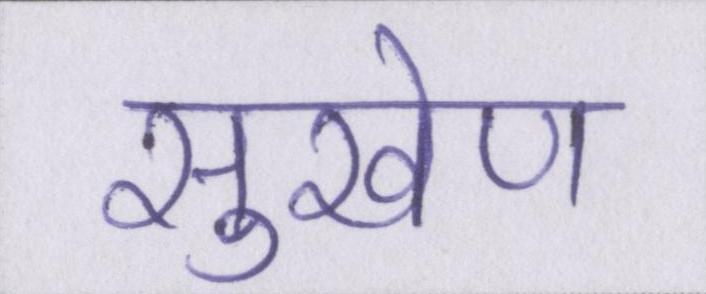
सुखेण